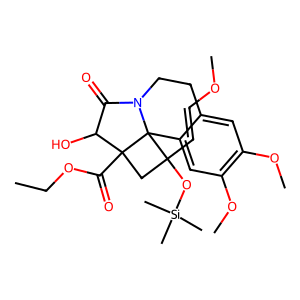
SMILES: CCOC(=O)C12CC(C=COC)(O[Si](C)(C)C)C13c1cc(OC)c(OC)cc1CCN3C(=O)C2O
Inhibits HIV replication: No